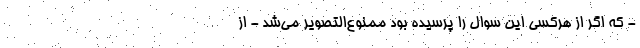
- که اگر از هرکسی این سوال را پرسیده بود ممنوع‌التصویر می‌شد - از